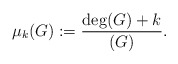
\begin{align*}\mu_k(G) := \frac{\deg(G)+k}{(G)}.\end{align*}